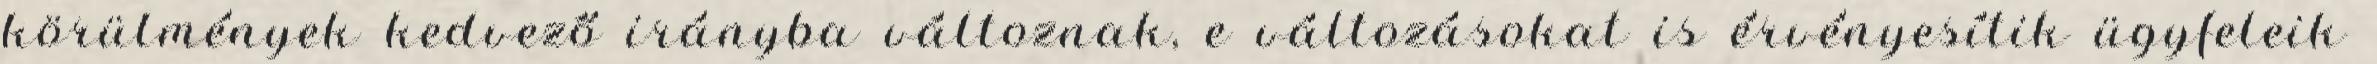
körülmények kedvező irányba változnak, e változásokat is érvényesítik ügyfeleik